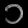
Digit: ၁